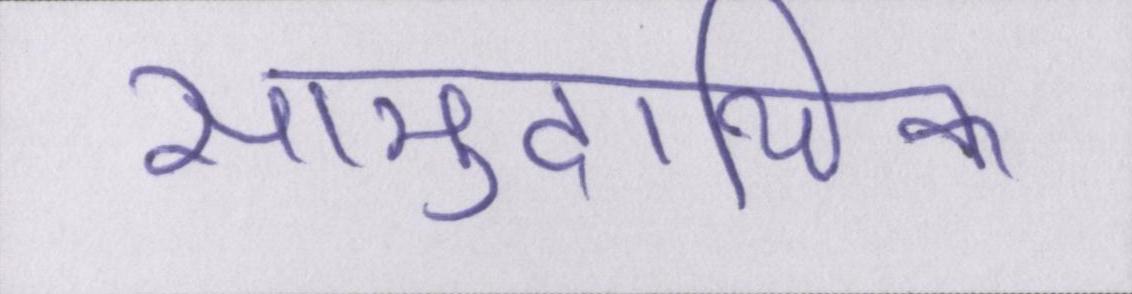
सामुदायिक